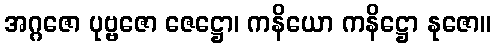
အဂ္ဂဇော ပုဗ္ဗဇော ဇေဋ္ဌော၊ ကနိယော ကနိဋ္ဌော နုဇော။